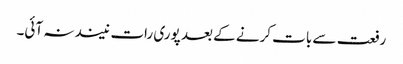
رفعت سے بات کرنے کے بعد پوری رات نیند نہ آئی۔